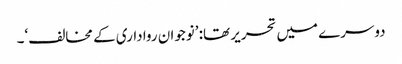
دوسرے میں تحریر تھا: ’نوجوان رواداری کے مخالف‘۔